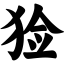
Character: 猃